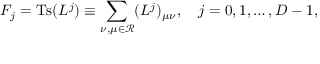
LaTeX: F _ { j } = \mathrm { T s } ( L ^ { j } ) \equiv \sum _ { \nu , \mu \in { \mathcal R } } ( L ^ { j } ) _ { \mu \nu } , \quad j = 0 , 1 , \ldots , D - 1 ,